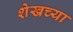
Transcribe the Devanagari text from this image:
शेखच्या